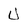
Character: U